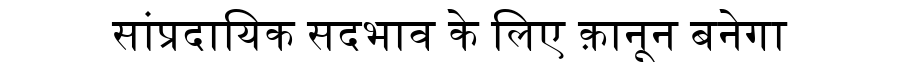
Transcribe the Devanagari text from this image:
सांप्रदायिक सदभाव के लिए क़ानून बनेगा